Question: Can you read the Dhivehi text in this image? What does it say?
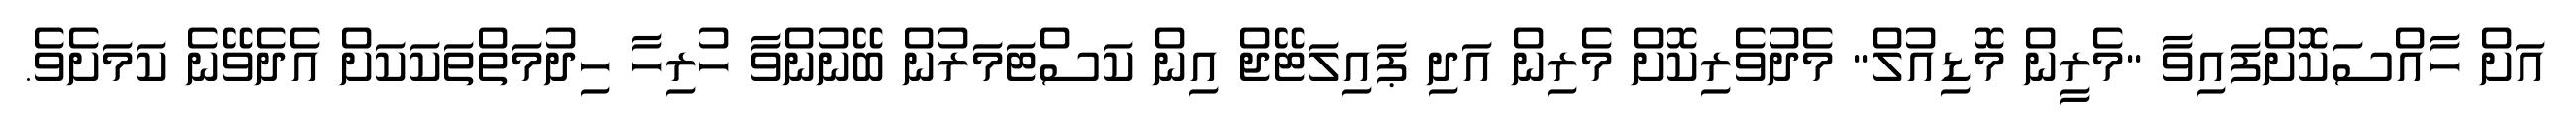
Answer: އަށް ހާއްސަކޮށްފައިވާ "މެރީން މޮޑިއުލް" މެދުވެރިކޮށް މެރިން އަދި ޕައިލަޓޭޖް އިން ކަސްޓަމަރުން ބޭނުންވާ ހުރިހާ ހިދުމަތްތަކަކަށް އެދެވޭނެ ކަމަށެވެ.